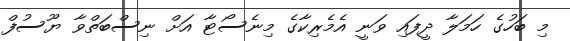
މި ބަހުގެ ހަމަލާ ދީފައި ވަނީ އެމެރިކާގެ މިނެސޯޓާ އަށް ނިސްބަތްވާ ޔޫސުފް